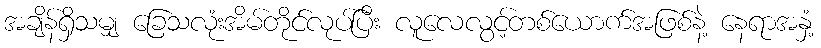
အချိန်ရှိသမျှ ခြေသလုံးအိမ်တိုင်လုပ်ပြီး လူလေလွင့်တစ်ယောက်အဖြစ်နဲ့ နေရာအနှံ့